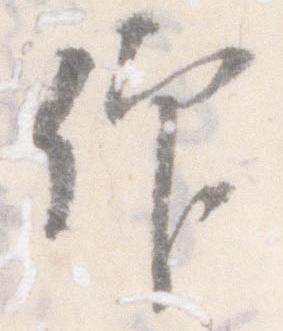
仰